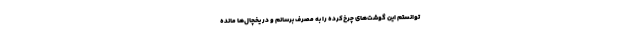
توانستم این گوشت‌های چرخ‌کرده را به مصرف برسانم و در یخچال‌ها مانده